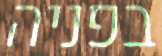
בפניה